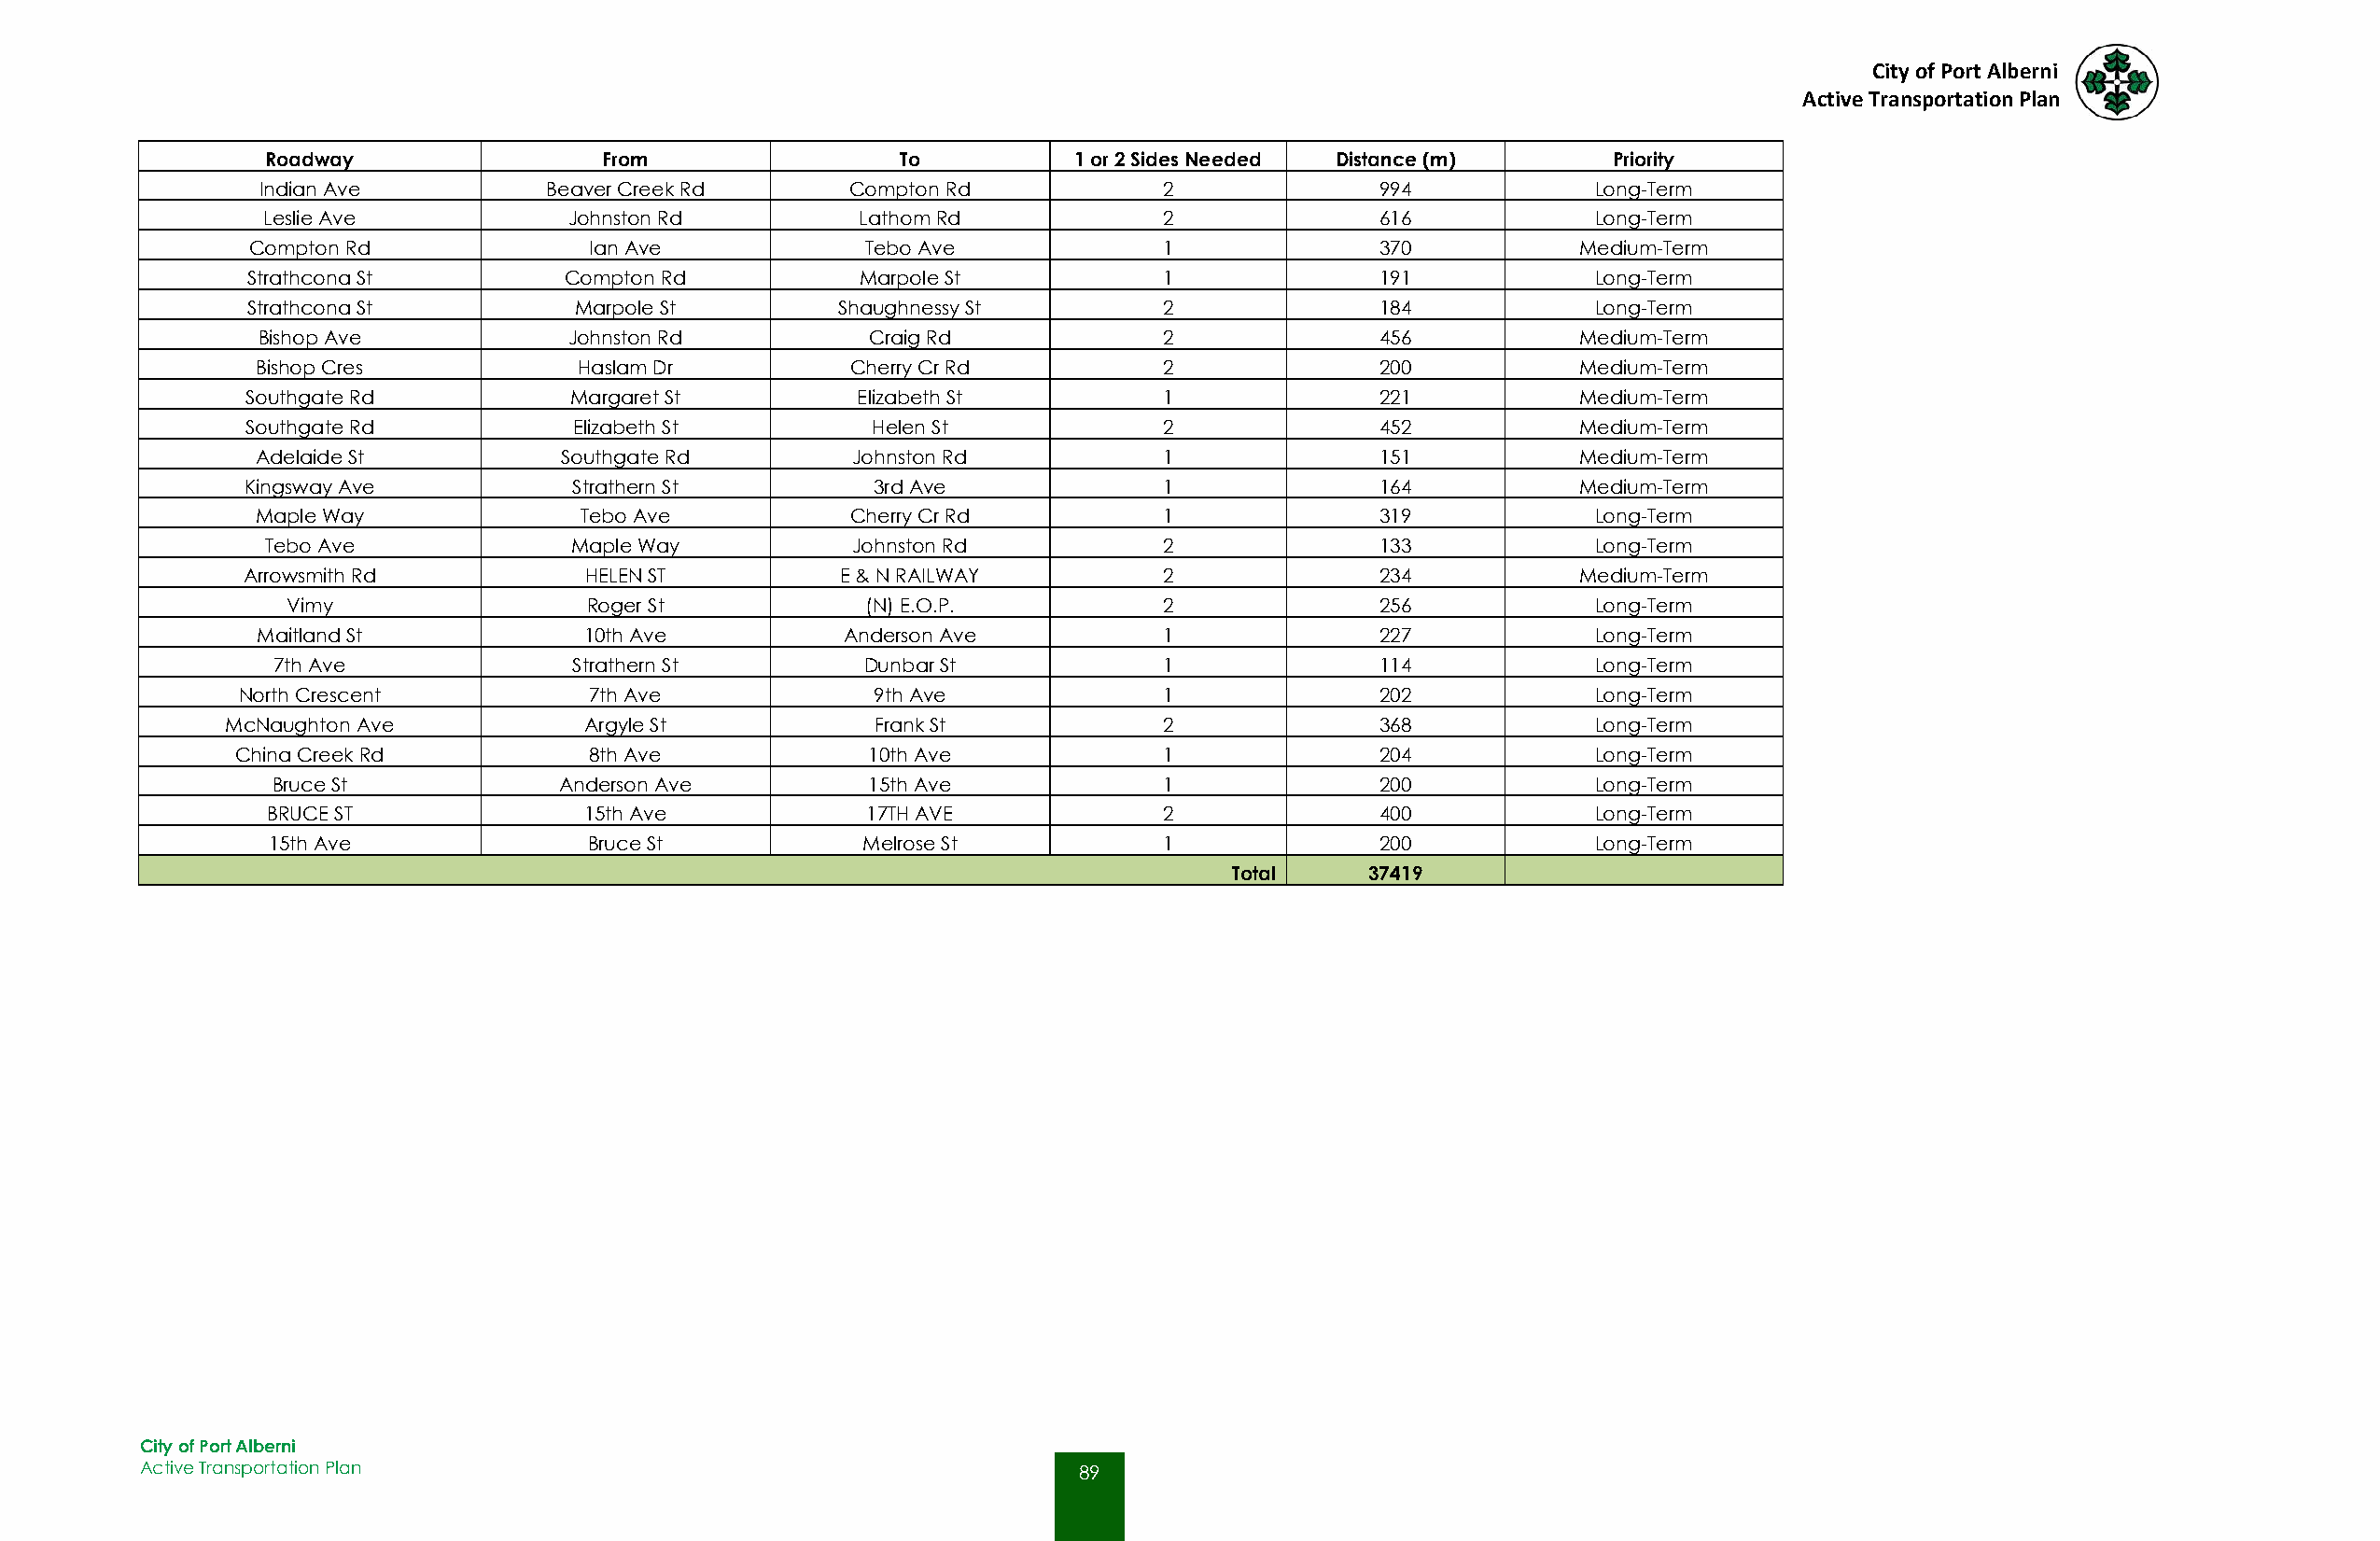
City of Port Alberni
 Active Transportation Plan
 Roadway                 From                 To          1 or 2 Sides Needed Distance (m)      Priority
 Indian Ave           Beaver Creek Rd      Compton Rd            2               994            Long-Term
 Leslie Ave           Johnston Rd          Lathom Rd            2               616            Long-Term
 Compton Rd              Ian Ave            Tebo Ave             1               370           Medium-Term
 Strathcona St         Compton Rd           Marpole St           1               191            Long-Term
 Strathcona St          Marpole St        Shaughnessy St         2               184            Long-Term
 Bishop Ave            Johnston Rd           Craig Rd            2               456           Medium-Term
 Bishop Cres            Haslam Dr          Cherry Cr Rd          2               200           Medium-Term
 Southgate Rd           Margaret St          Elizabeth St         1               221           Medium-Term
 Southgate Rd            Elizabeth St         Helen St            2               452           Medium-Term
 Adelaide St           Southgate Rd        Johnston Rd           1               151           Medium-Term
 Kingsway Ave            Strathern St         3rd Ave             1               164           Medium-Term
 Maple Way              Tebo Ave           Cherry Cr Rd          1               319            Long-Term
 Tebo Ave              Maple Way          Johnston Rd           2               133            Long-Term
 Arrowsmith Rd           HELEN ST           E & N RAILWAY         2               234           Medium-Term
 Vimy                  Roger St           (N) E.O.P.           2               256            Long-Term
 Maitland St            10th Ave           Anderson Ave          1               227            Long-Term
 7th Ave               Strathern St        Dunbar St            1               114            Long-Term
 North Crescent           7th Ave             9th Ave             1               202            Long-Term
 McNaughton Ave           Argyle St            Frank St            2               368            Long-Term
 China Creek Rd           8th Ave             10th Ave            1               204            Long-Term
 Bruce St             Anderson Ave          15th Ave            1               200            Long-Term
 BRUCE ST              15th Ave            17TH AVE             2               400            Long-Term
 15th Ave               Bruce St           Melrose St           1               200            Long-Term
 Total     37419
 City of Port Alberni
 Active Transportation Plan                                         89
 89